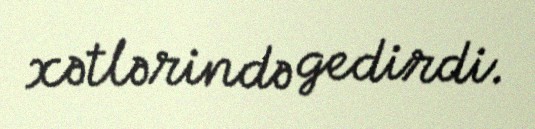
xətlərində gedirdi.